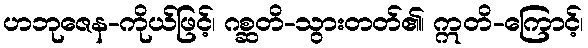
ဟဘုဇေန-ကိုယ်ဖြင့်၊ ဂစ္ဆတိ-သွားတတ်၏၊ ဣတိ-ကြောင့်၊